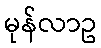
မုန်လာဥ